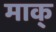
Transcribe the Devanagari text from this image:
माक्